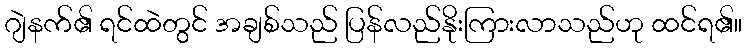
ဂျဲနက်၏ ရင်ထဲတွင် အချစ်သည် ပြန်လည်နိုးကြားလာသည်ဟု ထင်ရ၏။